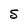
Character: S